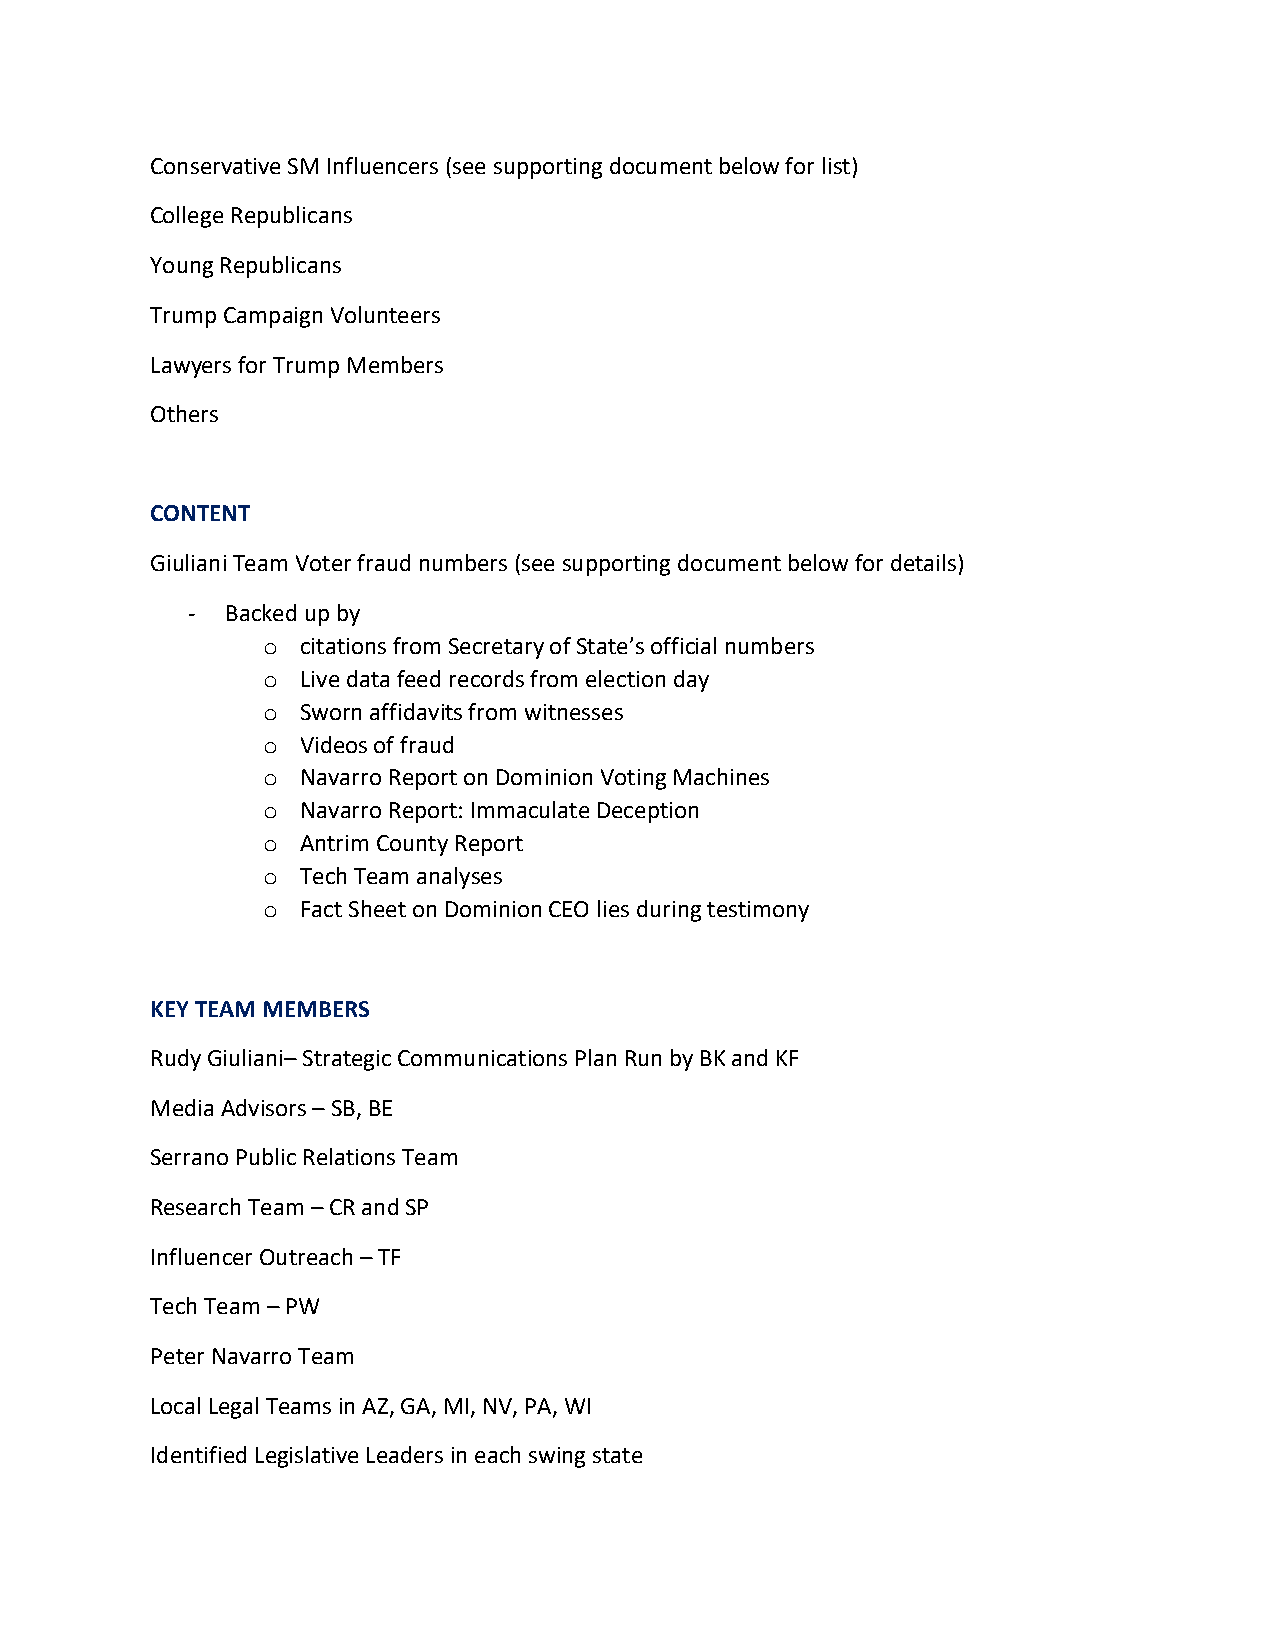
Conservative SM Influencers (see supporting document below for list)
 College Republicans
 Young Republicans
 Trump Campaign Volunteers
 Lawyers for Trump Members
 Others
 CONTENT
 Giuliani Team Voter fraud numbers (see supporting document below for details)
 -  Backed up by
 o  citations from Secretary of State’s official numbers
 o  Live data feed records from election day
 o  Sworn affidavits from witnesses
 o  Videos of fraud
 o  Navarro Report on Dominion Voting Machines
 o  Navarro Report: Immaculate Deception
 o  Antrim County Report
 o  Tech Team analyses
 o  Fact Sheet on Dominion CEO lies during testimony
 KEY TEAM MEMBERS
 Rudy Giuliani– Strategic Communications Plan Run by BK and KF
 Media Advisors – SB, BE
 Serrano Public Relations Team
 Research Team – CR and SP
 Influencer Outreach – TF
 Tech Team – PW
 Peter Navarro Team
 Local Legal Teams in AZ, GA, MI, NV, PA, WI
 Identified Legislative Leaders in each swing state